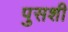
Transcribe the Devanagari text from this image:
पुसशी